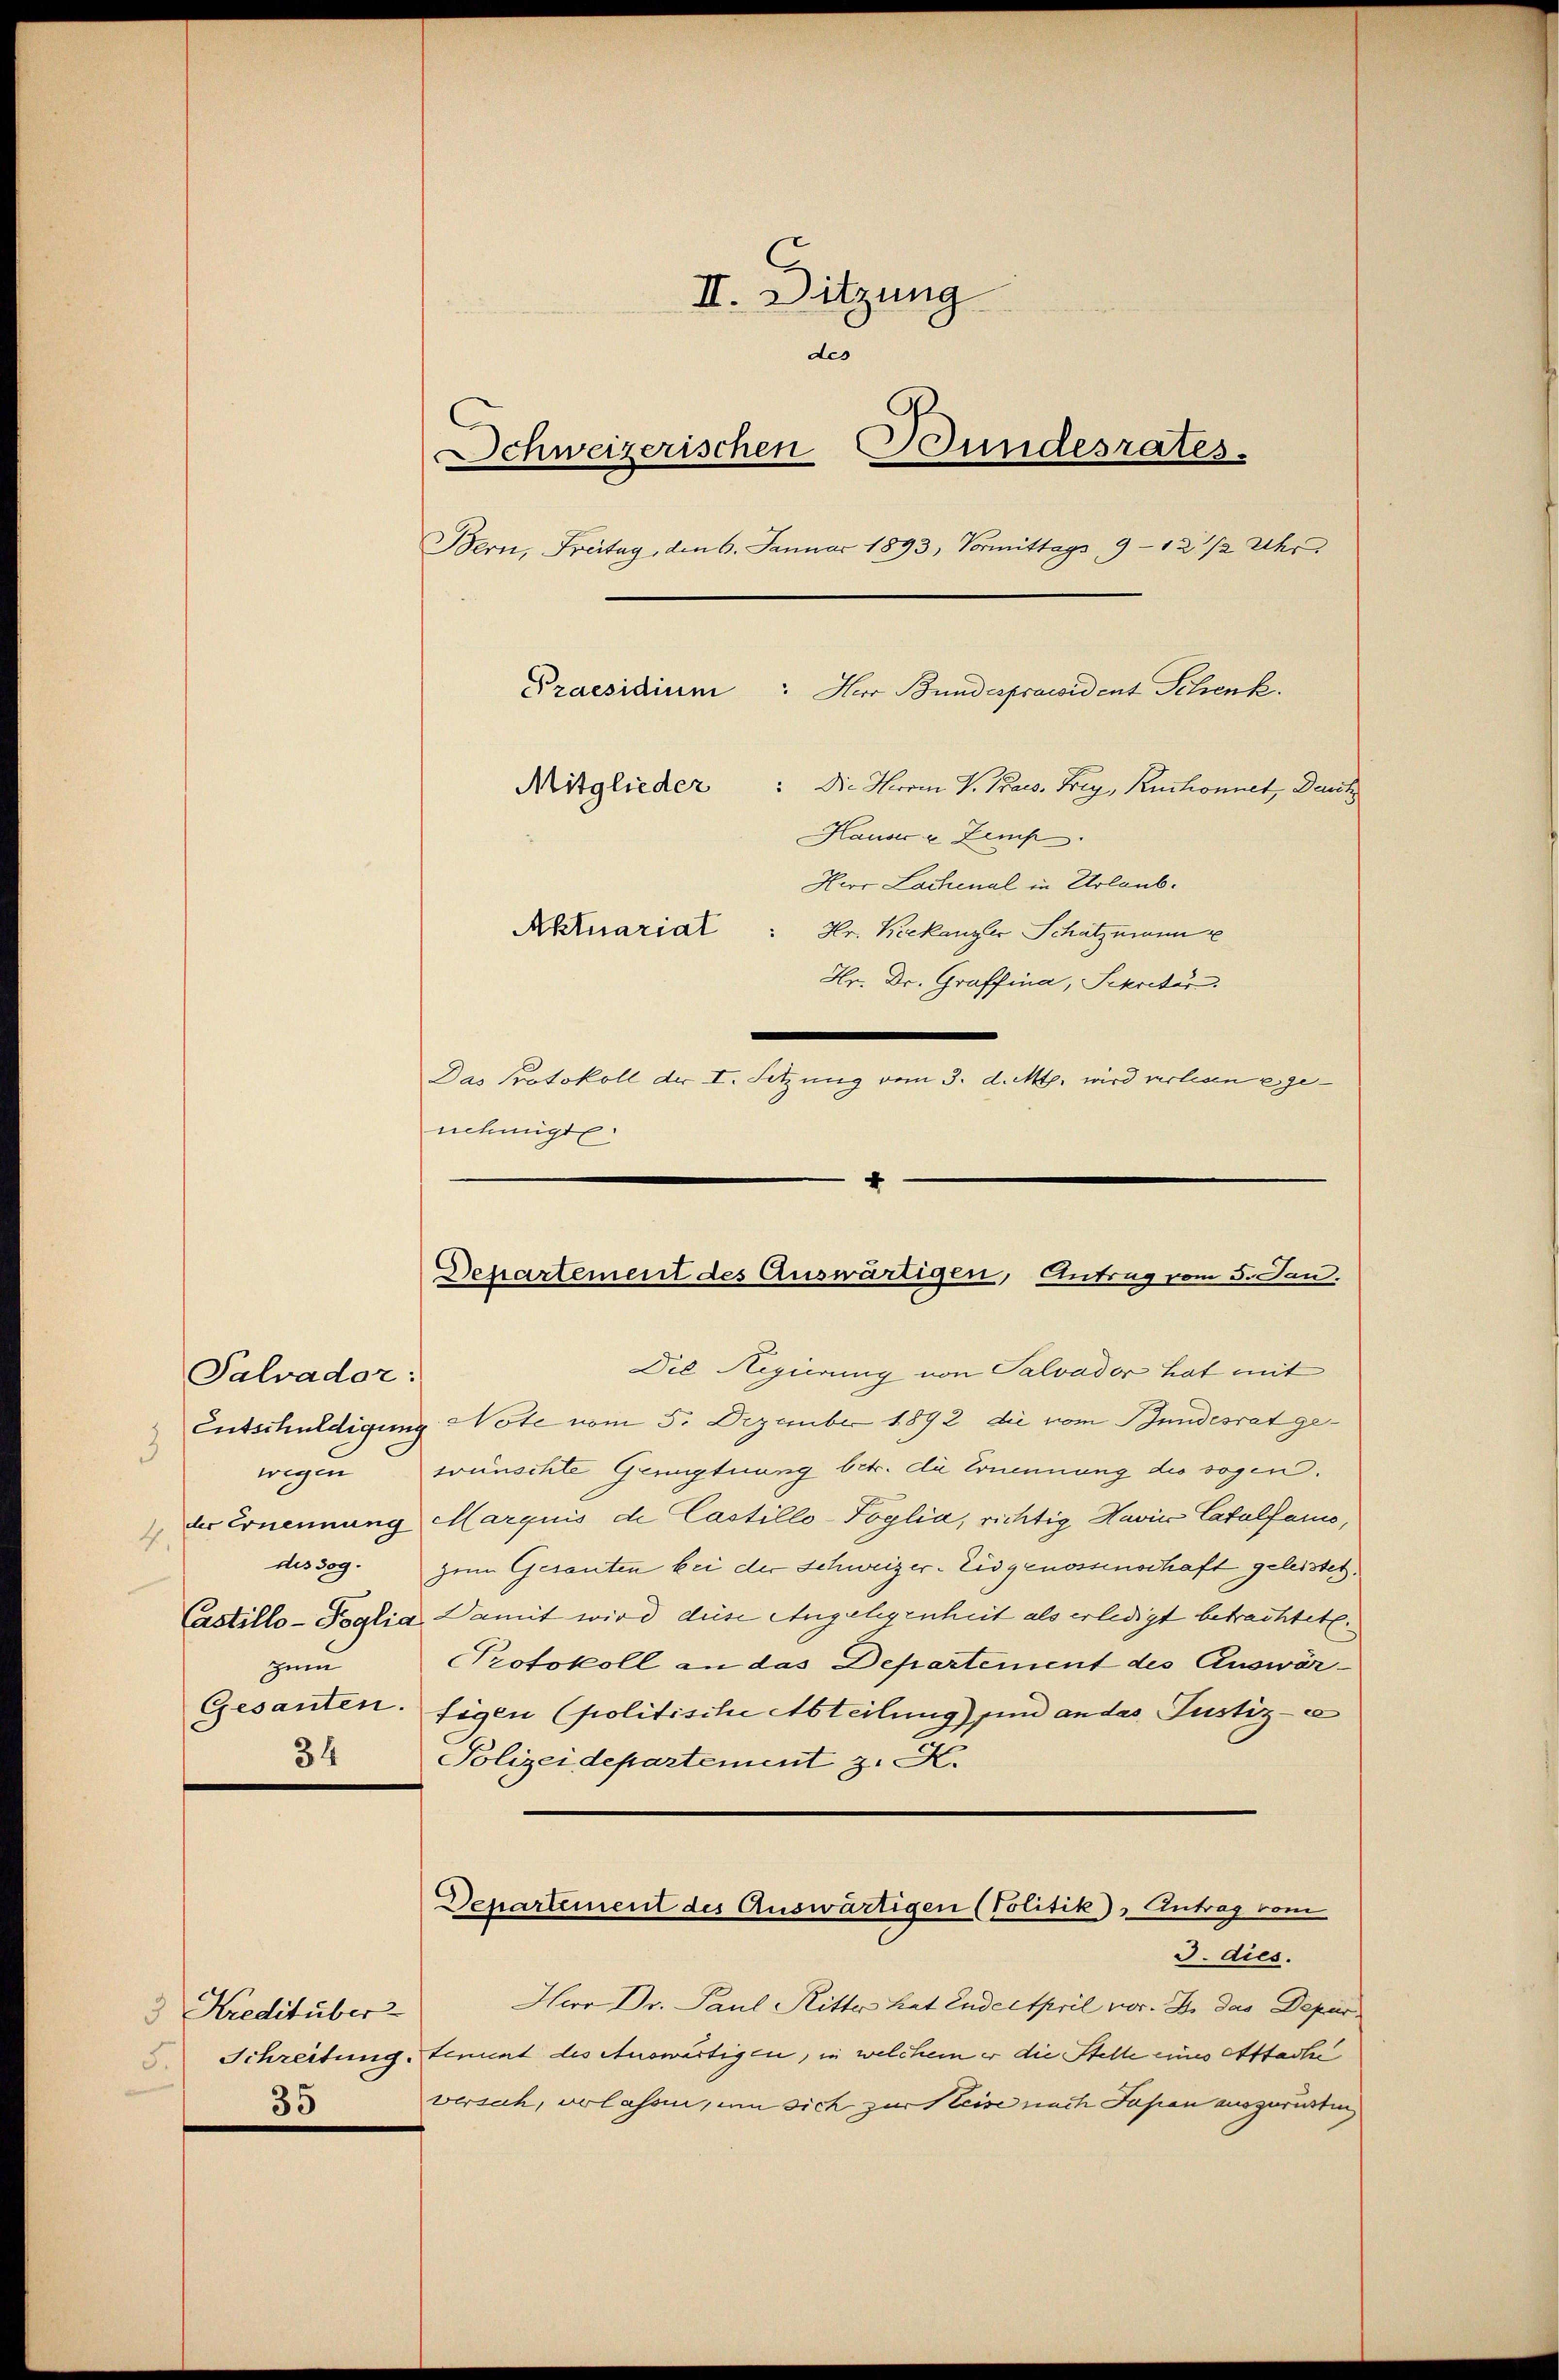
Salvador:
4
zum

Die Regierung von Salvader hat mit
Entschuldigung Note vom 5. Dezember 1892 die vom Bundesrat gewegen wünschte Genugtuung betr. die Ernennung des sogen.
der Ernennung Marquis de Castillo-Foglia, richtig Navice Catalfamo,
dissog. zum Gesanten bei der Schweizer- Eidgenossenschaft geleistet.
Castillo-Poglia Damit wird diese Angelegenheit als erledigt betrachtete.
Protokoll an das Departement des Auswär¬
Gesanten. Eigen (politische Abteilung) sind andes Justiz-C
34
Polizeidepartement z. K.
Departement des Auswärtigen (Politik), Antrag vom
3. dies.
Hior Dr. Paul Ritter hat Enderspril vor. J. das Depar
3 Kreditüber
Schreitung Semint des Auswärtigen, in welchem er die Stelle eines Affache
versah, verlassen, um sich zur Keise nach Japan auszurücken,
35

II. Ditzung
des
Schweizerischen Bundesrates.
Bern, Freitag, den 6. Januar 1893, Vormittags 9 - 12 1/2 Uhr
Praesidium
Mitglieder: Die Herrn V. Praes. Frey, Ruchonnet, Deut
Hauses u Zemp
Herr Lachenal in Urlaub¬
Aktuariat : Hr. Keekanzler Schatzmann
Hr. Dr. Graffina, Sekretär.
Das Protokoll der I. Setzung vom 3. d. Mts. wird verlesen egenehmigte

Herr Bundesprawident Schenk.

4
Departement des Auswärtigen, Antrag vom 5. Jan.